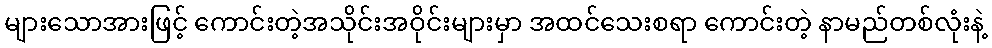
များသောအားဖြင့် ကောင်းတဲ့အသိုင်းအဝိုင်းများမှာ အထင်သေးစရာ ကောင်းတဲ့ နာမည်တစ်လုံးနဲ့